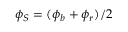
\phi _ { S } = ( \phi _ { b } + \phi _ { r } ) / 2